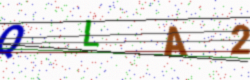
Text: QLA2